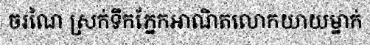
ចរណៃ ស្រក់ទឹកភ្នែកអាណិតលោកយាយម្នាក់